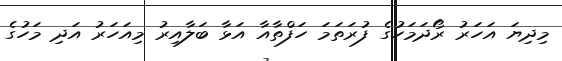
މިދިޔަ އަހަރު ރޯދަމަހުގެ ފުރަތަމަ ހަފްތާއާ އަޅާ ބަލާއިރު މިއަހަރު އަދި މަހުގެ